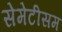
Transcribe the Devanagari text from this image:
सेमेटीसम